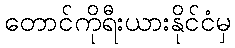
တောင်ကိုရီးယားနိုင်ငံမှ